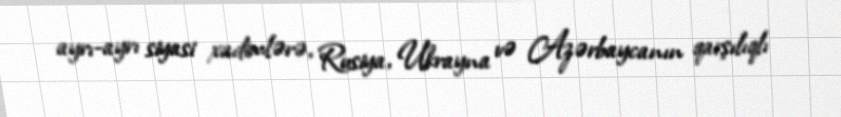
ayrı-ayrı siyasi xadimlərə, Rusiya, Ukrayna və Azərbaycanın qarşılıqlı